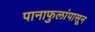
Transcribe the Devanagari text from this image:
पानाफुलांपासून